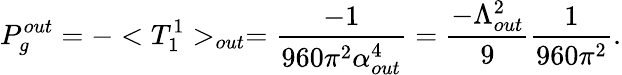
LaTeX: P_{g}^{out}=-<T_{1}^{1}>_{out}=\frac{-1}{960\pi^{2}\alpha_{out}^{4}}=\frac{-\Lambda_{out}^{2}}{9}\frac{1}{960\pi^{2}}.